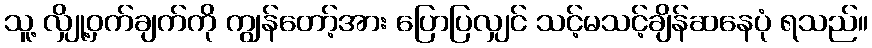
သူ့ လျှို့ဝှက်ချက်ကို ကျွန်တော့်အား ပြောပြလျှင် သင့်မသင့်ချိန်ဆနေပုံ ရသည်။